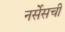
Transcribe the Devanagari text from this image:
नर्सेसची